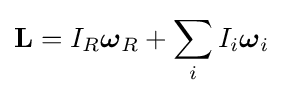
\mathbf {L} =I_{R}{\boldsymbol {\omega }}_{R}+\sum _{i}I_{i}{\boldsymbol {\omega }}_{i}